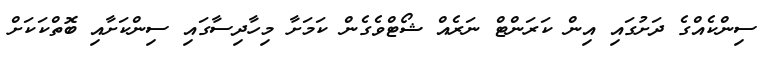
ސިންކެއްގެ ދަށުގައި އިން ކަރަންޓް ނަރެއް ޝޯޓްވެގެން ކަމަށާ މިހާދިސާގައި ސިންކަށާއި ބޮތްކަކަށް